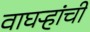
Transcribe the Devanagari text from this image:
वाघऱ्‍हांची